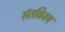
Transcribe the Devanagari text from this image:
संतविजय